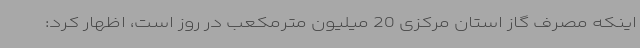
اینکه مصرف گاز استان مرکزی 20 میلیون مترمکعب در روز است، اظهار کرد: